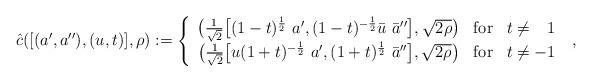
LaTeX: \begin{align*} \hat c([(a',a''),(u,t)],\rho):=\left\{\begin{array}{ccr}\big(\frac{1}{\sqrt{2}}\big[(1-t)^{\frac{1}{2}}\ a', (1-t)^{-\frac{1}{2}}\bar u \ \bar a''\big] ,\sqrt{2\rho}\big) &{\rm for} & t\ne\phantom{-}1 \\\big(\frac{1}{\sqrt{2}}\big[u(1+t)^{-\frac{1}{2}}\ a', (1+t)^{\frac{1}{2}}\ \bar a''\big],\sqrt{2\rho}\big)&{\rm for }& t\ne -1\end{array} \right. \ ,\end{align*}